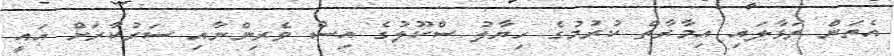
އެތަން ތަޅާލައި އިމާރާތް ކުރުމުގެ ހިޔާލު ސްކޫލުގެ އިސް ވެރިންނާއި ސަރުކާރަށް އައީ